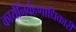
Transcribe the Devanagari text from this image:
कार्यनिर्वहणाधिकारी